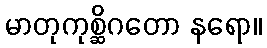
မာတုကုစ္ဆိဂတော နရော။